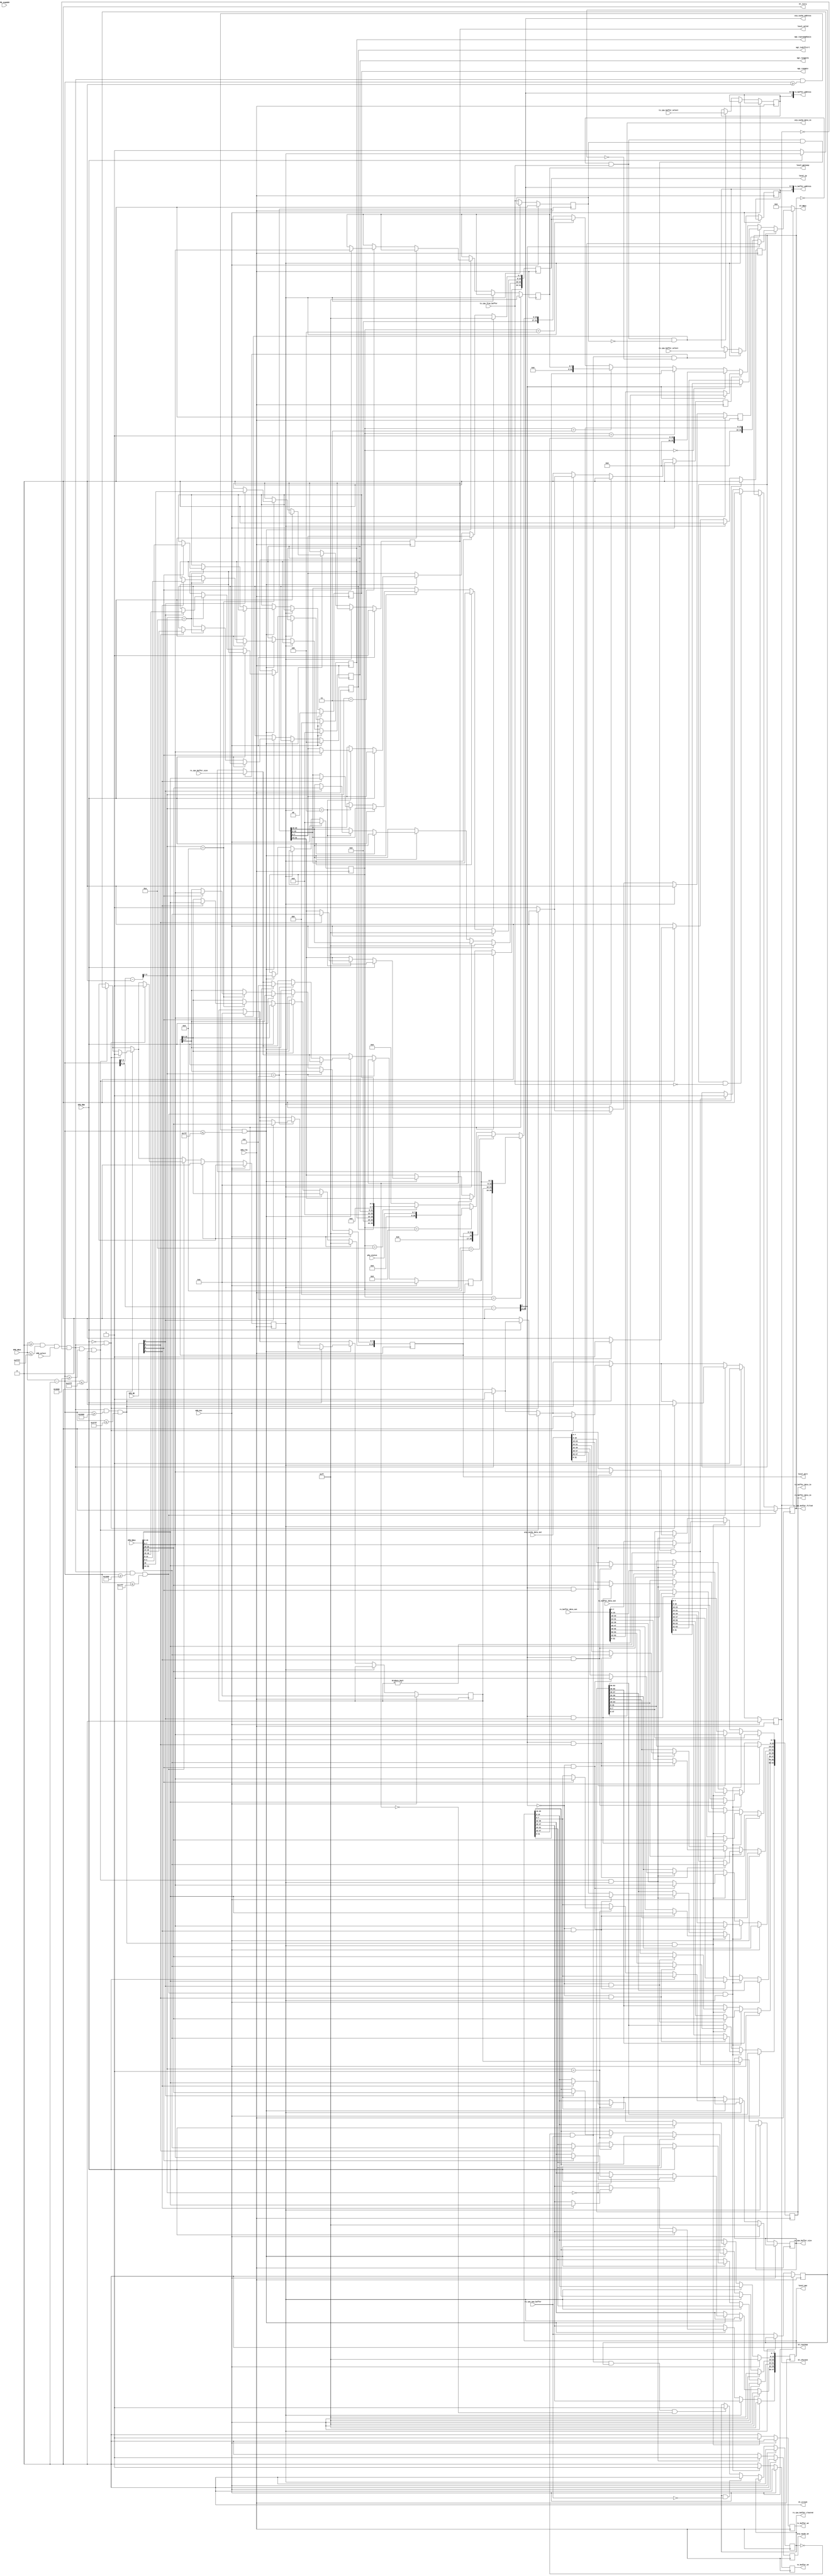
module opb_attach(
    //OPB attachment
    OPB_Clk, OPB_Rst,
    OPB_select, OPB_BE, OPB_RNW,
    OPB_ABus, OPB_DBus,
    Sl_DBus,
    Sl_errAck, Sl_retry, Sl_toutSup, Sl_xferAck,
    OPB_seqAddr,
    //local configurtaion bits
    local_mac, local_ip, local_gateway, local_port, local_valid,
    //xaui status
    phy_status,
    //MGT/GTP PMA Config
    mgt_rxeqmix,
    mgt_rxeqpole,
    mgt_txpreemphasis,
    mgt_txdiffctrl,
    //tx_buffer bits
    tx_buffer_data_in, tx_buffer_address, tx_buffer_we, tx_buffer_data_out,
    tx_cpu_buffer_size, tx_cpu_free_buffer, tx_cpu_buffer_filled, tx_cpu_buffer_select,
    //rx_buffer bits
    rx_buffer_data_in, rx_buffer_address, rx_buffer_we, rx_buffer_data_out, 
    rx_cpu_buffer_size, rx_cpu_new_buffer, rx_cpu_buffer_cleared, rx_cpu_buffer_select,
    //ARP Cache
    arp_cache_data_in, arp_cache_address, arp_cache_we, arp_cache_data_out
  );
	parameter C_BASEADDR             = 32'h0;
	parameter C_HIGHADDR             = 32'hffff;
	parameter C_OPB_AWIDTH           = 32;
	parameter C_OPB_DWIDTH           = 32;
  parameter DEFAULT_FABRIC_MAC     = 48'hffff_ffff_ffff;
  parameter DEFAULT_FABRIC_IP      = {8'd255, 8'd255, 8'd255, 8'd255};
  parameter DEFAULT_FABRIC_GATEWAY = 8'hff;
  parameter DEFAULT_FABRIC_PORT    = 16'hffff;
  parameter FABRIC_RUN_ON_STARTUP  = 1;
  parameter DEFAULT_RXEQMIX        = 2'b0;
  parameter DEFAULT_RXEQPOLE       = 4'b0000;
  parameter DEFAULT_TXPREEMPHASIS  = 3'b000;
  parameter DEFAULT_TXDIFFCTRL     = 3'b100;

  input  OPB_Clk,  OPB_Rst;
  input  OPB_RNW, OPB_select;
  input  OPB_seqAddr;
  input   [3:0] OPB_BE;
  input  [31:0] OPB_ABus;
  input  [31:0] OPB_DBus;
  output [31:0] Sl_DBus;
  output Sl_errAck, Sl_retry, Sl_toutSup, Sl_xferAck;

  //local configuration bits
  output [47:0] local_mac;
  output [31:0] local_ip;
  output  [7:0] local_gateway;
  output [15:0] local_port;
  output local_valid;
  //tx_buffer bits
  output [63:0] tx_buffer_data_in;
  output  [8:0] tx_buffer_address;
  output tx_buffer_we;
  input  [63:0] tx_buffer_data_out;
  output  [7:0] tx_cpu_buffer_size;
  input  tx_cpu_free_buffer;
  output tx_cpu_buffer_filled;
  input  tx_cpu_buffer_select;
  //rx_buffer bits
  output [63:0] rx_buffer_data_in;
  output  [8:0] rx_buffer_address;
  output rx_buffer_we;
  input  [63:0] rx_buffer_data_out;
  input   [7:0] rx_cpu_buffer_size;
  input  rx_cpu_new_buffer;
  output rx_cpu_buffer_cleared;
  input  rx_cpu_buffer_select;
  //ARP Cache
  output [47:0] arp_cache_data_in;
  output  [7:0] arp_cache_address;
  output arp_cache_we;
  input  [47:0] arp_cache_data_out;
  output  [1:0] mgt_rxeqmix;
  output  [3:0] mgt_rxeqpole;
  output  [2:0] mgt_txpreemphasis;
  output  [2:0] mgt_txdiffctrl;
  //xaui status
  input   [7:0] phy_status;

  /************* OPB Address Decoding *************/

  wire opb_sel = OPB_ABus >= C_BASEADDR && OPB_ABus <= C_HIGHADDR;

  wire [31:0] local_addr = OPB_ABus - C_BASEADDR;

  localparam REGISTERS_OFFSET = 32'h0000;
  localparam REGISTERS_HIGH   = 32'h07FF;
  localparam TX_BUFFER_OFFSET = 32'h1000;
  localparam TX_BUFFER_HIGH   = 32'h17FF;
  localparam RX_BUFFER_OFFSET = 32'h2000;
  localparam RX_BUFFER_HIGH   = 32'h27FF;
  localparam ARP_CACHE_OFFSET = 32'h3000;
  localparam ARP_CACHE_HIGH   = 32'h37FF;

  reg opb_ack;
  wire opb_trans = opb_sel && OPB_select && !opb_ack;

  wire reg_sel    = opb_trans && local_addr >= REGISTERS_OFFSET && local_addr <= REGISTERS_HIGH;
  wire rxbuf_sel  = opb_trans && local_addr >= RX_BUFFER_OFFSET && local_addr <= RX_BUFFER_HIGH;
  wire txbuf_sel  = opb_trans && local_addr >= TX_BUFFER_OFFSET && local_addr <= TX_BUFFER_HIGH;
  wire arp_sel    = opb_trans && local_addr >= ARP_CACHE_OFFSET && local_addr <= ARP_CACHE_HIGH;

  wire [31:0] reg_addr   = local_addr - REGISTERS_OFFSET;
  wire [31:0] rxbuf_addr = local_addr - RX_BUFFER_OFFSET;
  wire [31:0] txbuf_addr = local_addr - TX_BUFFER_OFFSET;
  wire [31:0] arp_addr   = local_addr - ARP_CACHE_OFFSET;

  /************** Registers ****************/
  
  localparam REG_LOCAL_MAC_1   = 4'd0;
  localparam REG_LOCAL_MAC_0   = 4'd1;
  localparam REG_LOCAL_GATEWAY = 4'd3;
  localparam REG_LOCAL_IPADDR  = 4'd4;
  localparam REG_BUFFER_SIZES  = 4'd6;
  localparam REG_VALID_PORTS   = 4'd8;
  localparam REG_XAUI_STATUS   = 4'd9;
  localparam REG_PHY_CONFIG    = 4'd10;

  reg [47:0] local_mac;
  reg [31:0] local_ip;
  reg  [7:0] local_gateway;
  reg [15:0] local_port;
  reg local_valid;
  reg  [1:0] mgt_rxeqmix;
  reg  [3:0] mgt_rxeqpole;
  reg  [2:0] mgt_txpreemphasis;
  reg  [2:0] mgt_txdiffctrl;

  reg rx_cpu_buffer_cleared, rx_cpu_buffer_select_int;
  reg tx_cpu_buffer_filled, tx_cpu_buffer_select_int;
  reg [7:0] tx_size;
  reg [7:0] rx_size;
  reg [7:0] tx_cpu_buffer_size;

  reg use_arp_data, use_tx_data, use_rx_data;

  reg tx_cpu_free_buffer_R, rx_cpu_new_buffer_R;

  reg opb_wait;

  reg [3:0] opb_data_src;

  always @(posedge OPB_Clk) begin
    //strobes
    opb_ack      <= 1'b0;
    use_arp_data <= 1'b0;
    use_tx_data  <= 1'b0;
    use_rx_data  <= 1'b0;

    if (OPB_Rst) begin
      opb_ack <= 1'b0;
      opb_data_src <= 4'b0;

      tx_size <= 8'b0;
      rx_size <= 8'b0;
      rx_cpu_buffer_cleared <= 1'b0;
      tx_cpu_buffer_filled  <= 1'b0;
      tx_cpu_free_buffer_R  <= 1'b0;
      rx_cpu_new_buffer_R   <= 1'b0;

      local_mac         <= DEFAULT_FABRIC_MAC;
      local_ip          <= DEFAULT_FABRIC_IP;
      local_gateway     <= DEFAULT_FABRIC_GATEWAY;
      local_port        <= DEFAULT_FABRIC_PORT;
      local_valid       <= FABRIC_RUN_ON_STARTUP;

      mgt_rxeqmix       <= DEFAULT_RXEQMIX;
      mgt_rxeqpole      <= DEFAULT_RXEQPOLE;
      mgt_txpreemphasis <= DEFAULT_TXPREEMPHASIS;
      mgt_txdiffctrl    <= DEFAULT_TXDIFFCTRL;
    end else if (opb_wait) begin
      opb_wait <= 1'b0;
      opb_ack  <= 1'b1;
    end else begin
      tx_cpu_free_buffer_R <= tx_cpu_free_buffer;
      rx_cpu_new_buffer_R  <= rx_cpu_new_buffer;

      if (opb_trans)
        opb_ack <= 1'b1;

      // RX Buffer control handshake
      if (!rx_cpu_buffer_cleared  && rx_cpu_new_buffer && !rx_cpu_new_buffer_R) begin
        rx_size <= rx_cpu_buffer_size;
        rx_cpu_buffer_select_int <= rx_cpu_buffer_select;
      end
      if (!rx_cpu_buffer_cleared && rx_cpu_new_buffer && rx_cpu_new_buffer_R && rx_size == 8'h00) begin
        rx_cpu_buffer_cleared <= 1'b1;
      end
      if (rx_cpu_buffer_cleared && !rx_cpu_new_buffer) begin
        rx_cpu_buffer_cleared <= 1'b0;
      end

      // When we see a positive edge on the free buffer signal we know that we
      // have been given a new buffer so we may continue with the new buffer
      if (!tx_cpu_buffer_filled && tx_cpu_free_buffer && !tx_cpu_free_buffer_R) begin
        tx_size <= 8'h00;
        tx_cpu_buffer_select_int <= tx_cpu_buffer_select;
      end
      // When we are ready to send (tx_size != 0 && tx_cpu_buffer_fille = 0) and there is a free buffer
      // we tell the controller we have data ready to send
      if (!tx_cpu_buffer_filled && tx_cpu_free_buffer && tx_cpu_free_buffer_R && tx_size != 8'h0) begin
        tx_cpu_buffer_filled <= 1'b1;
        tx_cpu_buffer_size <= tx_size;
      end
      // When we have filled the buffer and the free signal is deasserted, we dessert
      // to let the controller switch to the new buffer
      if (tx_cpu_buffer_filled && !tx_cpu_free_buffer) begin
        tx_cpu_buffer_filled <= 1'b0;
      end

  /* most of the work is done in the next always block in coverting 16 bit to 64 bit buffer
   * transactions */
      // ARP Cache
      if (arp_sel) begin 
        if (!OPB_RNW) begin
          opb_ack <= 1'b0;
          opb_wait <= 1'b1;
        end else begin
          use_arp_data <= 1'b1;
        end
      end

      // RX Buffer 
      if (rxbuf_sel) begin
        if (!OPB_RNW && opb_trans) begin
          opb_ack <= 1'b0;
          opb_wait <= 1'b1;
        end else begin
          use_rx_data <= 1'b1;
        end
      end

      // TX Buffer 
      if (txbuf_sel) begin
        if (!OPB_RNW && opb_trans) begin
          opb_ack <= 1'b0;
          opb_wait <= 1'b1;
        end else begin
          use_tx_data <= 1'b1;
        end
      end

      // registers
      if (reg_sel) begin
        opb_data_src <= reg_addr[5:2];
        if (!OPB_RNW) begin
          case (reg_addr[5:2])
            REG_LOCAL_MAC_1: begin
              if (OPB_BE[0])
                local_mac[39:32] <= OPB_DBus[7:0];
              if (OPB_BE[1])
                local_mac[47:40] <= OPB_DBus[15:8];
            end
            REG_LOCAL_MAC_0: begin
              if (OPB_BE[0])
                local_mac[7:0]   <= OPB_DBus[7:0];
              if (OPB_BE[1])
                local_mac[15:8]  <= OPB_DBus[15:8];
              if (OPB_BE[2])
                local_mac[23:16] <= OPB_DBus[23:16];
              if (OPB_BE[3])
                local_mac[31:24] <= OPB_DBus[31:24];
            end
            REG_LOCAL_GATEWAY: begin
              if (OPB_BE[0])
                local_gateway[7:0] <= OPB_DBus[7:0];
            end
            REG_LOCAL_IPADDR: begin
              if (OPB_BE[0])
                local_ip[7:0]   <= OPB_DBus[7:0];
              if (OPB_BE[1])
                local_ip[15:8]  <= OPB_DBus[15:8];
              if (OPB_BE[2])
                local_ip[23:16] <= OPB_DBus[23:16];
              if (OPB_BE[3])
                local_ip[31:24] <= OPB_DBus[31:24];
            end
            REG_BUFFER_SIZES: begin
              if (OPB_BE[0])
                rx_size <= OPB_DBus[7:0];
              if (OPB_BE[2])
                tx_size <= OPB_DBus[23:16];
            end
            REG_VALID_PORTS: begin
              if (OPB_BE[0])
                local_port[7:0]  <= OPB_DBus[7:0];
              if (OPB_BE[1])
                local_port[15:8] <= OPB_DBus[15:8];
              if (OPB_BE[2])
                local_valid      <= OPB_DBus[16];
            end
            REG_XAUI_STATUS: begin
            end
            REG_PHY_CONFIG: begin
              if (OPB_BE[0])
                mgt_rxeqmix       <= OPB_DBus[1:0];
              if (OPB_BE[1])
                mgt_rxeqpole      <= OPB_DBus[11:8];
              if (OPB_BE[2])
                mgt_txpreemphasis <= OPB_DBus[18:16];
              if (OPB_BE[3])
                mgt_txdiffctrl    <= OPB_DBus[26:24];
            end
            default: begin
            end
          endcase
        end
      end
    end
  end

  reg arp_cache_we, rx_buffer_we, tx_buffer_we;

  reg [63:0] write_data; //write data for all three buffers

  always @(posedge OPB_Clk) begin
    //strobes
    arp_cache_we <= 1'b0;
    rx_buffer_we <= 1'b0;
    tx_buffer_we <= 1'b0;
    if (OPB_Rst) begin
    end else begin
      //populate write_data according to opb transaction info & contents
      //of memory
      if (arp_sel && opb_wait) begin
        arp_cache_we <= 1'b1;

        write_data[ 7: 0] <= arp_addr[2] == 1'b1 & OPB_BE[0] ? OPB_DBus[ 7: 0] : arp_cache_data_out[ 7: 0]; 
        write_data[15: 8] <= arp_addr[2] == 1'b1 & OPB_BE[1] ? OPB_DBus[15: 8] : arp_cache_data_out[15: 8]; 
        write_data[23:16] <= arp_addr[2] == 1'b1 & OPB_BE[2] ? OPB_DBus[23:16] : arp_cache_data_out[23:16]; 
        write_data[31:24] <= arp_addr[2] == 1'b1 & OPB_BE[3] ? OPB_DBus[31:24] : arp_cache_data_out[31:24]; 
        write_data[39:32] <= arp_addr[2] == 1'b0 & OPB_BE[0] ? OPB_DBus[ 7: 0] : arp_cache_data_out[39:32]; 
        write_data[47:40] <= arp_addr[2] == 1'b0 & OPB_BE[1] ? OPB_DBus[15: 8] : arp_cache_data_out[47:40]; 
      end
      if (rxbuf_sel && opb_wait) begin
        rx_buffer_we <= 1'b1;
        write_data[ 7: 0] <= rxbuf_addr[2] == 1'b1 & OPB_BE[0] ? OPB_DBus[ 7: 0] : rx_buffer_data_out[ 7: 0]; 
        write_data[15: 8] <= rxbuf_addr[2] == 1'b1 & OPB_BE[1] ? OPB_DBus[15: 8] : rx_buffer_data_out[15: 8]; 
        write_data[23:16] <= rxbuf_addr[2] == 1'b1 & OPB_BE[2] ? OPB_DBus[23:16] : rx_buffer_data_out[23:16]; 
        write_data[31:24] <= rxbuf_addr[2] == 1'b1 & OPB_BE[3] ? OPB_DBus[31:24] : rx_buffer_data_out[31:24]; 
        write_data[39:32] <= rxbuf_addr[2] == 1'b0 & OPB_BE[0] ? OPB_DBus[ 7: 0] : rx_buffer_data_out[39:32]; 
        write_data[47:40] <= rxbuf_addr[2] == 1'b0 & OPB_BE[1] ? OPB_DBus[15: 8] : rx_buffer_data_out[47:40]; 
        write_data[55:48] <= rxbuf_addr[2] == 1'b0 & OPB_BE[2] ? OPB_DBus[23:16] : rx_buffer_data_out[55:48]; 
        write_data[63:56] <= rxbuf_addr[2] == 1'b0 & OPB_BE[3] ? OPB_DBus[31:24] : rx_buffer_data_out[63:56]; 
      end
      if (txbuf_sel && opb_wait) begin
        tx_buffer_we <= 1'b1;

        write_data[7:0]   <= txbuf_addr[2] == 1'b1 & OPB_BE[0] ? OPB_DBus[ 7: 0] : tx_buffer_data_out[ 7: 0];
        write_data[15:8]  <= txbuf_addr[2] == 1'b1 & OPB_BE[1] ? OPB_DBus[15: 8] : tx_buffer_data_out[15: 8];
        write_data[23:16] <= txbuf_addr[2] == 1'b1 & OPB_BE[2] ? OPB_DBus[23:16] : tx_buffer_data_out[23:16]; 
        write_data[31:24] <= txbuf_addr[2] == 1'b1 & OPB_BE[3] ? OPB_DBus[31:24] : tx_buffer_data_out[31:24]; 
        write_data[39:32] <= txbuf_addr[2] == 1'b0 & OPB_BE[0] ? OPB_DBus[ 7: 0] : tx_buffer_data_out[39:32]; 
        write_data[47:40] <= txbuf_addr[2] == 1'b0 & OPB_BE[1] ? OPB_DBus[15: 8] : tx_buffer_data_out[47:40]; 
        write_data[55:48] <= txbuf_addr[2] == 1'b0 & OPB_BE[2] ? OPB_DBus[23:16] : tx_buffer_data_out[55:48]; 
        write_data[63:56] <= txbuf_addr[2] == 1'b0 & OPB_BE[3] ? OPB_DBus[31:24] : tx_buffer_data_out[63:56]; 
      end
    end
  end

  assign arp_cache_address = arp_addr[10:3];

  assign rx_buffer_address = {rx_cpu_buffer_select_int, rxbuf_addr[10:3]};
  assign tx_buffer_address = {tx_cpu_buffer_select_int, txbuf_addr[10:3]};

  assign arp_cache_data_in = write_data[47:0];
  assign rx_buffer_data_in = write_data;
  assign tx_buffer_data_in = write_data;


// select what data to put on the bus

  wire [31:0] arp_data_int = arp_addr[2]   == 1'b1 ? arp_cache_data_out[31: 0] :
                                                     {16'b0, arp_cache_data_out[47:32]};

  wire [31:0] tx_data_int  = txbuf_addr[2] == 1'b1 ? tx_buffer_data_out[31: 0] :
                                                     tx_buffer_data_out[63:32];

  wire [31:0] rx_data_int  = rxbuf_addr[2] == 1'b1 ? rx_buffer_data_out[31: 0] :
                                                     rx_buffer_data_out[63:32];

  wire [31:0] opb_data_int = opb_data_src == REG_LOCAL_MAC_1    ? {16'b0, local_mac[47:32]}        :
                             opb_data_src == REG_LOCAL_MAC_0    ? local_mac[31:0]                  :
                             opb_data_src == REG_LOCAL_GATEWAY  ? {24'b0, local_gateway}           :
                             opb_data_src == REG_LOCAL_IPADDR   ? local_ip[31:0]                   :
                             opb_data_src == REG_BUFFER_SIZES   ? {8'b0, tx_size, 8'b0, rx_size}   :
                             opb_data_src == REG_VALID_PORTS    ? {15'b0, local_valid, local_port} :
                             opb_data_src == REG_XAUI_STATUS    ? {8'b0, phy_status}               :
                             opb_data_src == REG_PHY_CONFIG     ? {5'b0, mgt_txdiffctrl, 5'b0, mgt_txpreemphasis,
                                                                   4'b0, mgt_rxeqpole,   6'b0, mgt_rxeqmix} :
                                                                      16'b0;
  wire [31:0] Sl_DBus_int;
  assign Sl_DBus_int = use_arp_data ? arp_data_int :
                       use_tx_data  ? tx_data_int  :
                       use_rx_data  ? rx_data_int  :
                                      opb_data_int;

  assign Sl_DBus = Sl_xferAck ? Sl_DBus_int : 32'b0;

  assign Sl_errAck  = 1'b0;
  assign Sl_toutSup = 1'b0;
  assign Sl_retry   = 1'b0;
  assign Sl_xferAck = opb_ack;


endmodule